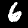
Digit: 6